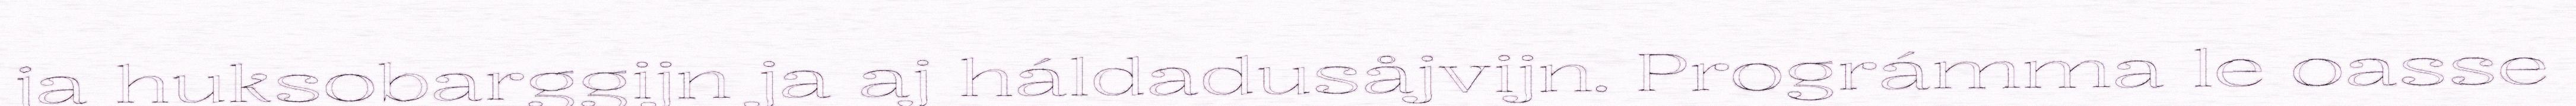
ja huksobarggijn ja aj háldadusåjvijn. Prográmma le oasse